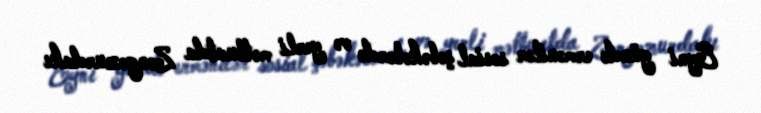
Eyni gündə ermənilər sosial şəbəkələrdə və yerli mətbuatda Zəngəzurdakı